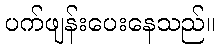
ပက်ဖျန်းပေးနေသည်။